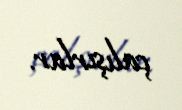
çalışırlar.